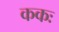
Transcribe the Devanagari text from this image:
ककः